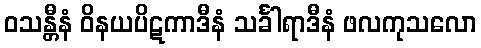
ဝသန္တီနံ ဝိနယပိဋကာဒီနံ သင်္ခါရာဒီနံ ဖလကုသလော